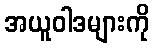
အယူဝါဒများကို